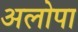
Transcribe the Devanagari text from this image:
अलोपा